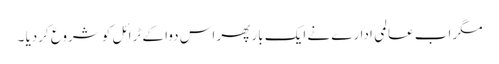
مگر اب عالمی ادارے نے ایک بار پھر اس دوا کے ٹرائل کو شروع کردیا ۔